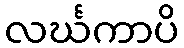
လင်္ဃကာပိ